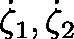
\dot { \mathbf { \zeta } } _ { 1 } , \dot { \mathbf { \zeta } } _ { 2 }